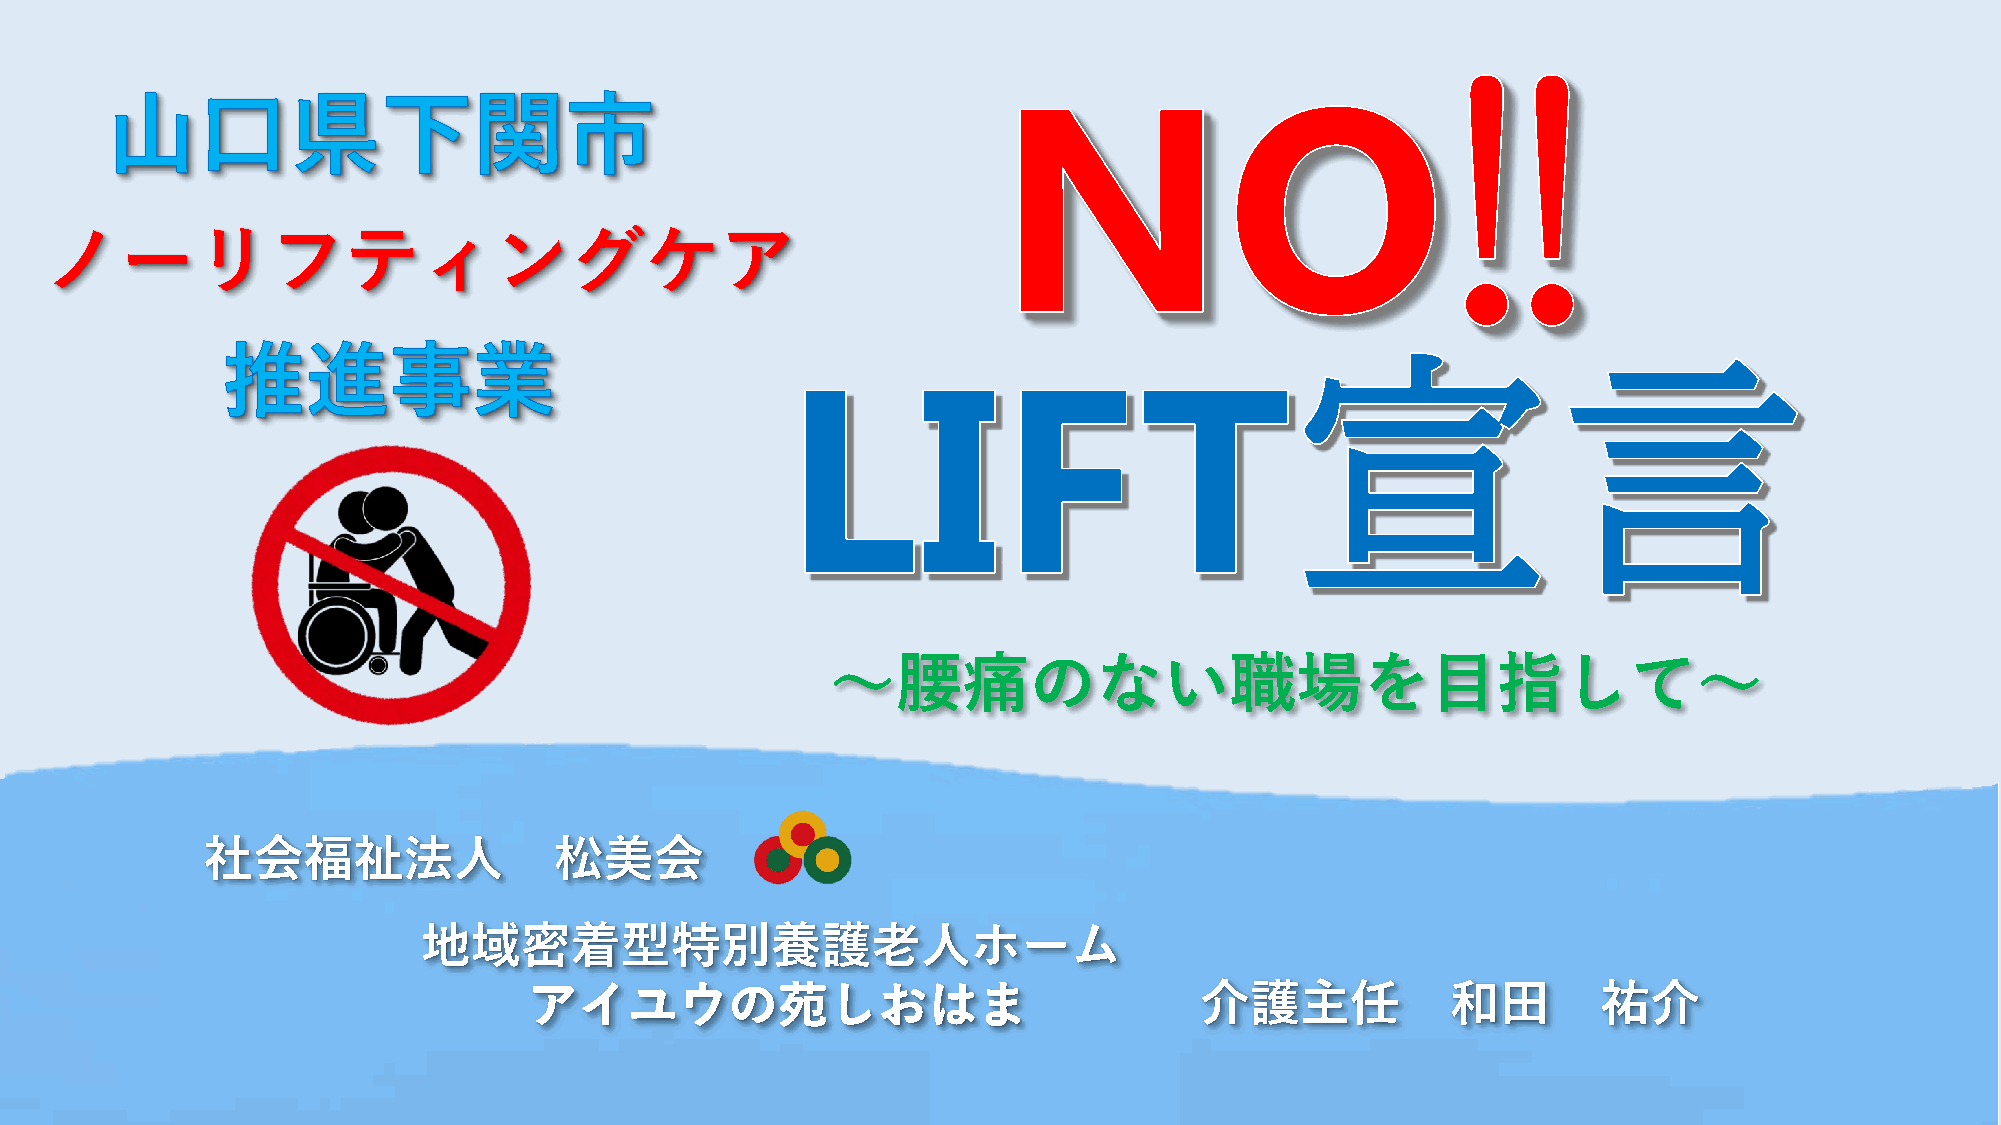
ノーリフティングケア
 ～腰痛のない職場を目指して～
 社会福祉法人                  松美会
 地域密着型特別養護老人ホーム
 介護主任             和田        祐介